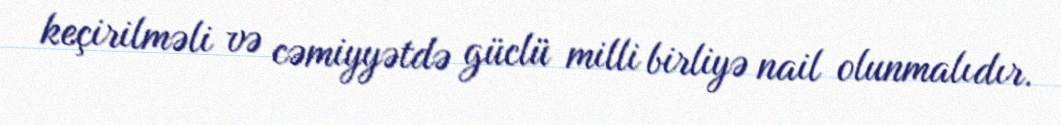
keçirilməli və cəmiyyətdə güclü milli birliyə nail olunmalıdır.